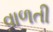
વાળતી